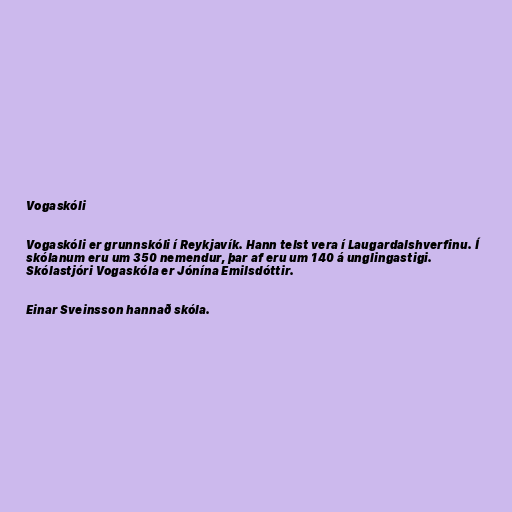
Vogaskóli

Vogaskóli er grunnskóli í Reykjavík. Hann telst vera í Laugardalshverfinu. Í
skólanum eru um 350 nemendur, þar af eru um 140 á unglingastigi.
Skólastjóri Vogaskóla er Jónína Emilsdóttir.

Einar Sveinsson hannað skóla.